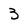
Character: 3